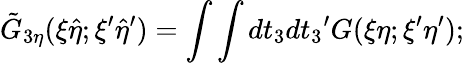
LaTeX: {\tilde{G}}_{3\eta}(\xi{\hat{\eta}};{\xi}^{\prime}{\hat{\eta}}^{\prime})=\int\int dt_{3}d{t_{3}}^{\prime}G(\xi\eta;{\xi}^{\prime}{\eta}^{\prime});